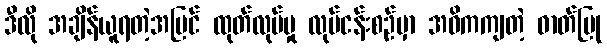
ဒီလို အချိန်ယူရတဲ့အပြင် ထုတ်လုပ်မှု လုပ်ငန်းစဉ်မှာ အဓိကကျတဲ့ ဓာတ်ပြု